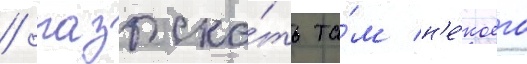
/ разыска́ть та́м н'е́коего